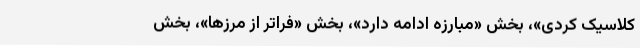
کلاسیک کُردی»، بخش «مبارزه ادامه دارد»، بخش «فراتر از مرزها»، بخش